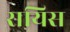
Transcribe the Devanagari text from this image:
रायिस